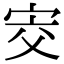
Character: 㝔